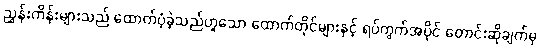
ညွှန်းကိန်းများသည် ထောက်ပံ့ခဲ့သည်ဟူသော ထောက်တိုင်များနှင့် ရပ်ကွက်အပိုင် တောင်းဆိုချက်မှ